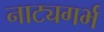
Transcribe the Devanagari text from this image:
नाट्यगर्भ